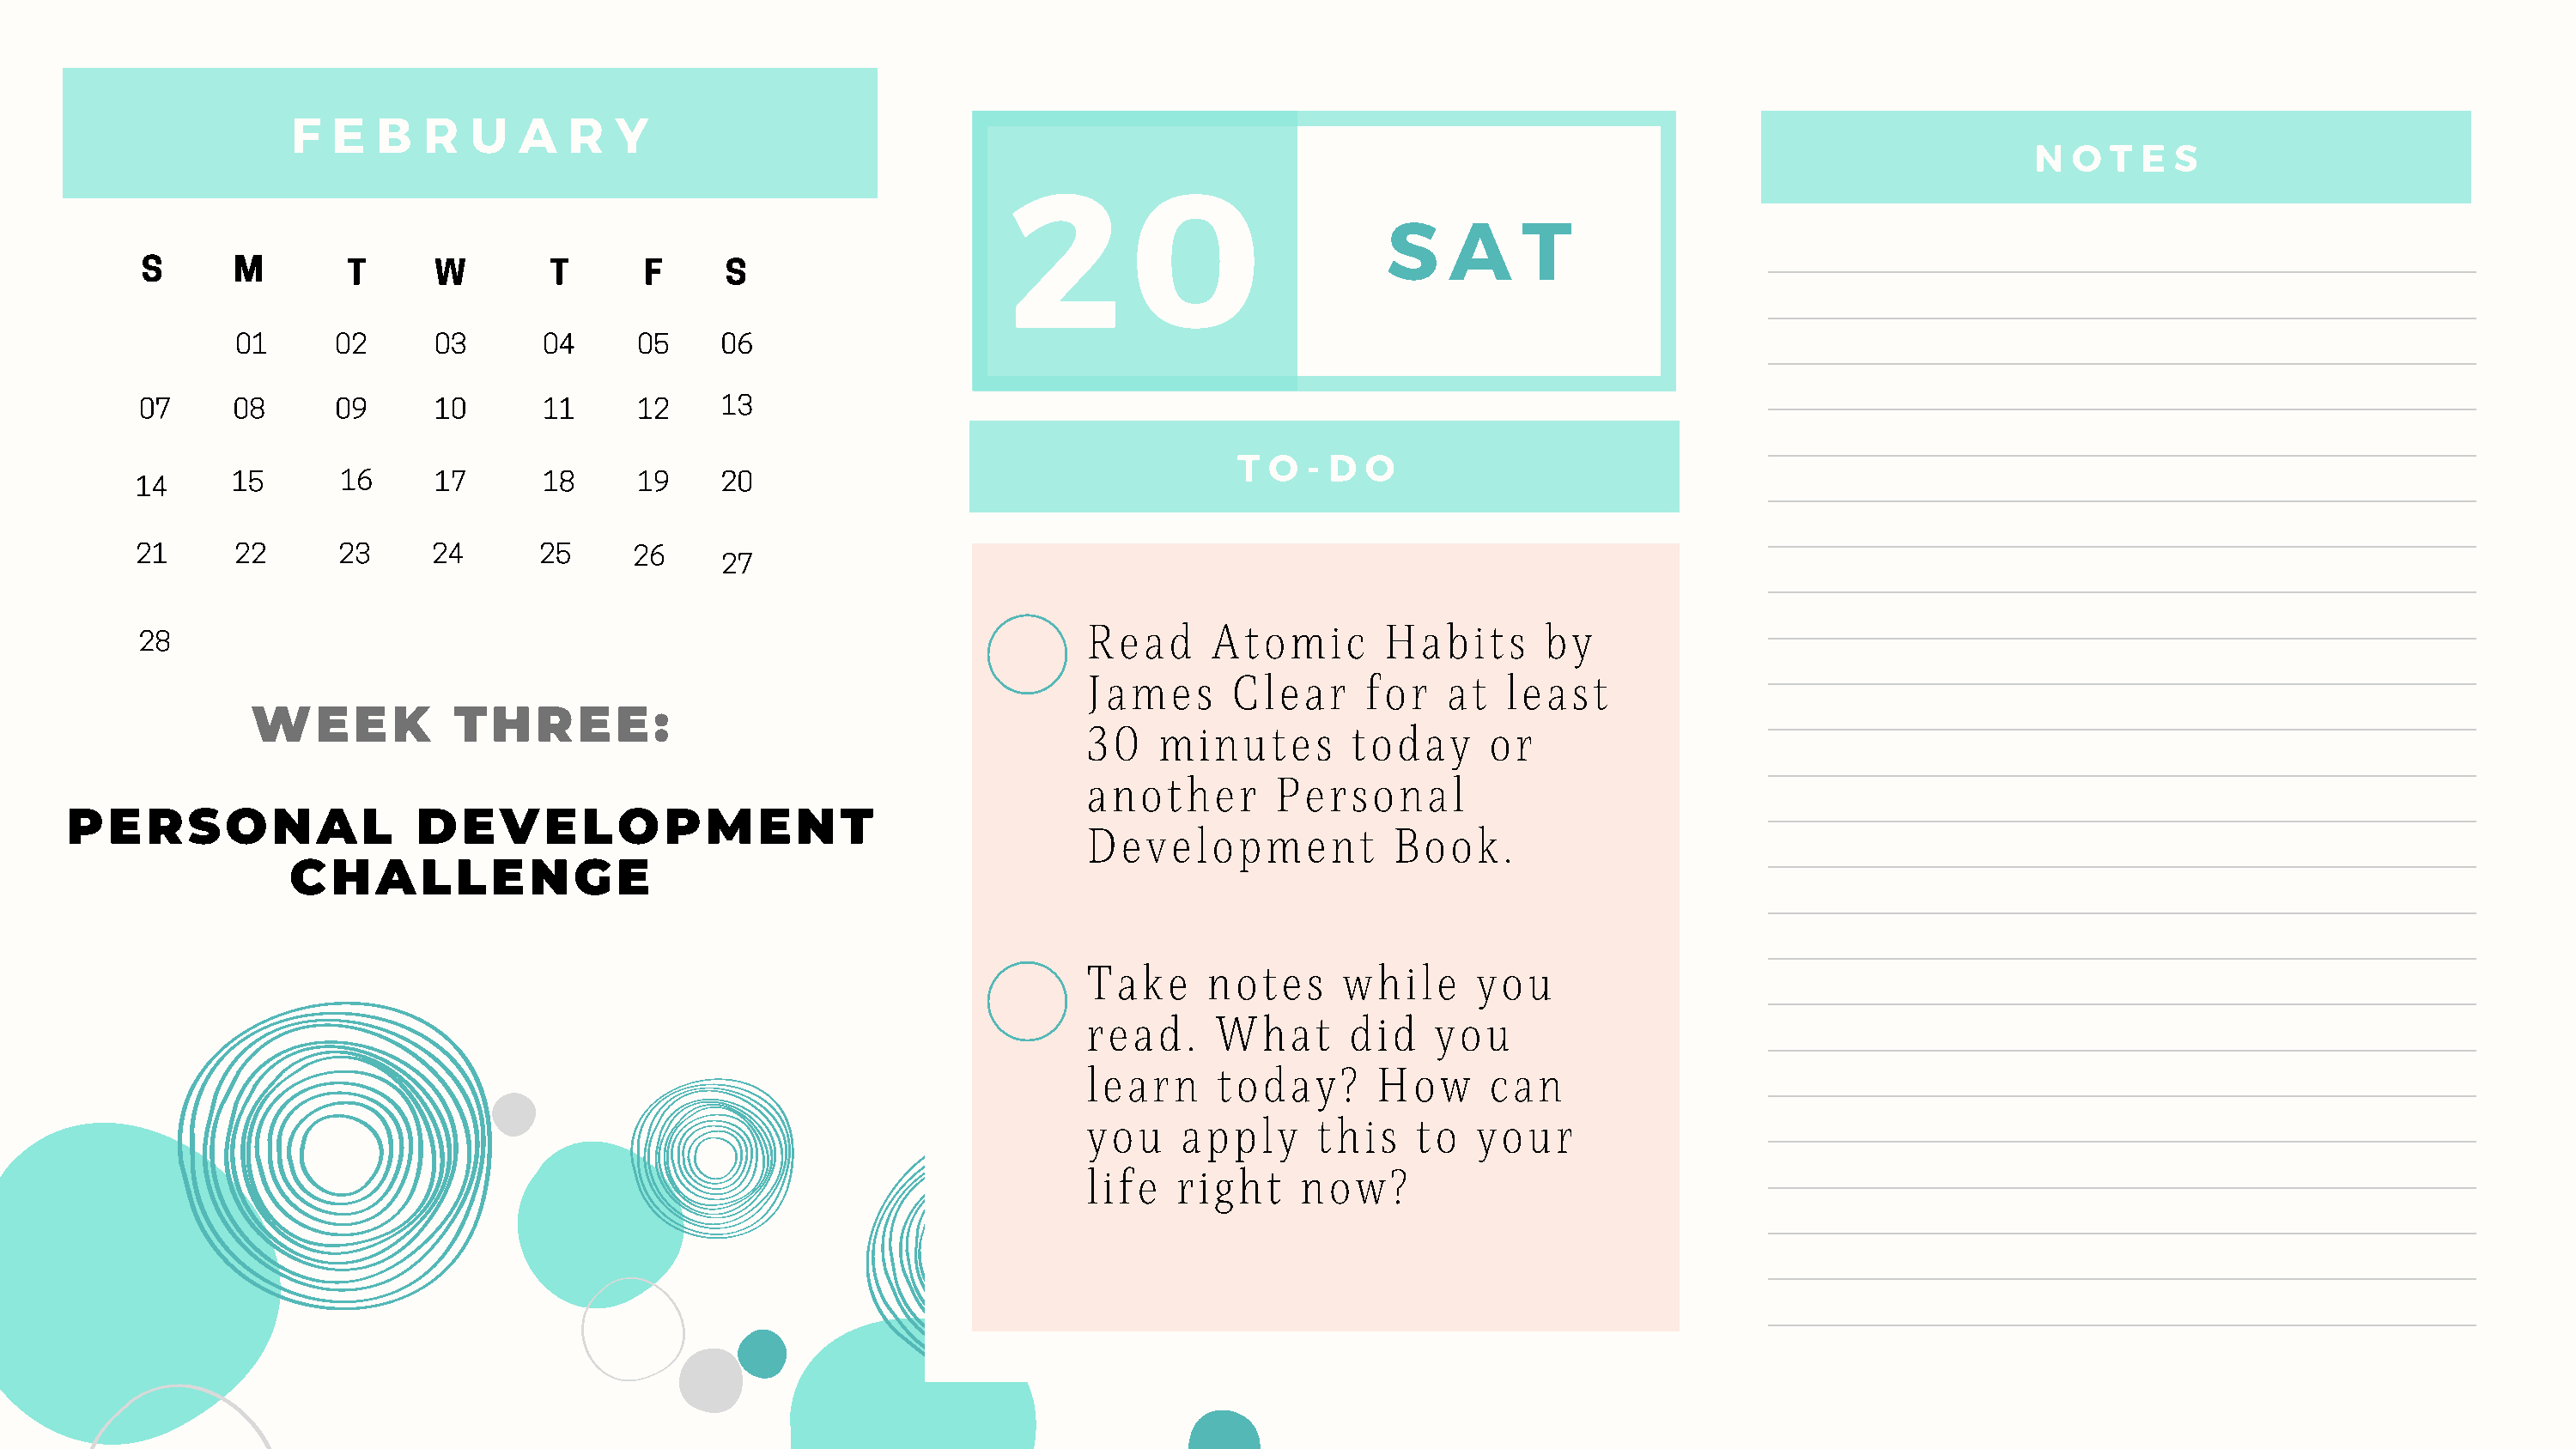
F   E  B   R  U   A   R  Y
 2        0                                                                     N  O  T E  S
 S    A    T
 S      M        T     W        T       F     S
 01      02     03       04     05     06
 07     08      09     10       11     12     13
 T  O  - D O
 14      15      16     17       18     19     20
 21      22      23     24       25     26
 27
 Read     Atomic        Habits      by
 28
 James      Clear     for    at  least
 WEEK            THREE:
 30   minutes        today      or
 another       Personal
 PERSONAL                   DEVELOPMENT
 Development            Book.
 CHALLENGE
 Take     notes      while     you
 read.     What      did    you
 learn     today?      How      can
 you    apply      this   to   your
 life   right    now?